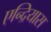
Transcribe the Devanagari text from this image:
एन्द्रियास